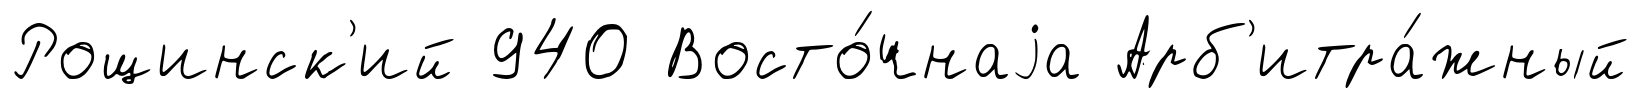
Рощинск'ий 940 Восто́чнаjа Арб'итра́жный